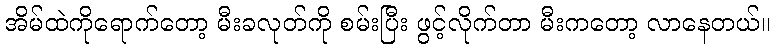
အိမ်ထဲကိုရောက်တော့ မီးခလုတ်ကို စမ်းပြီး ဖွင့်လိုက်တာ မီးကတော့ လာနေတယ်။